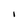
Character: I